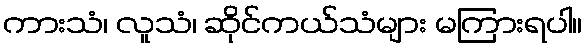
ကားသံ၊ လူသံ၊ ဆိုင်ကယ်သံများ မကြားရပါ။